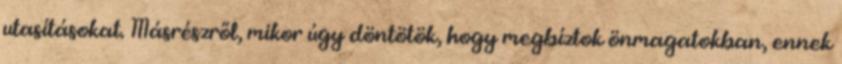
utasításokat. Másrészről, mikor úgy döntötök, hogy megbíztok önmagatokban, ennek